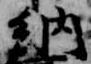
納